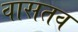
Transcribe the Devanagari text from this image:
वासतव